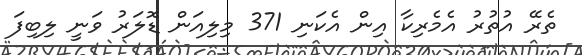
ތެރޭ އުތުރު އެމެރިކާ އިން އެކަނި 371 މިލިއަން ޑޮލަރު ވަނީ ލިބިފަ